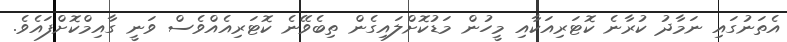
އެތަނުގައި ނަމާދު ކުރާނެ ކޮޓަރިއަކާއި މީހުން މަޑުކޮށްލައިގެން ތިބެވޭނެ ކޮޓަރިއެއްވެސް ވަނީ ގާއިމްކޮށްފައެވެ.